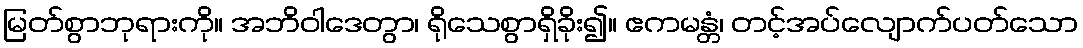
မြတ်စွာဘုရားကို။ အဘိဝါဒေတွာ၊ ရိုသေစွာရှိခိုး၍။ ဧကမန္တံ၊ တင့်အပ်လျောက်ပတ်သော